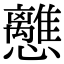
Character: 𢥗